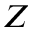
Z